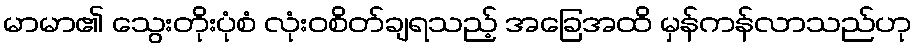
မာမာ၏ သွေးတိုးပုံစံ လုံးဝစိတ်ချရသည့် အခြေအထိ မှန်ကန်လာသည်ဟု